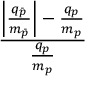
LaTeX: \frac { \left| { \frac { q _ { \bar { p } } } { m _ { \bar { p } } } } \right| - { \frac { q _ { p } } { m _ { p } } } } { \frac { q _ { p } } { m _ { p } } }